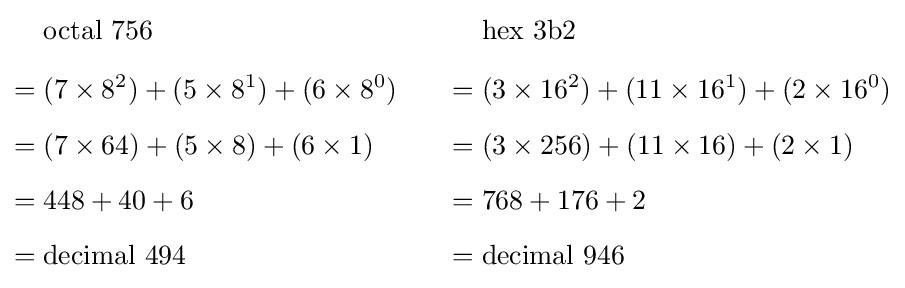
{\begin{aligned}&{\text{octal }}756\\[5pt]={}&(7\times 8^{2})+(5\times 8^{1})+(6\times 8^{0})\\[5pt]={}&(7\times 64)+(5\times 8)+(6\times 1)\\[5pt]={}&448+40+6\\[5pt]={}&{\text{decimal }}494\end{aligned}}\qquad {\begin{aligned}&{\text{hex }}\mathrm {3b2} \\[5pt]={}&(3\times 16^{2})+(11\times 16^{1})+(2\times 16^{0})\\[5pt]={}&(3\times 256)+(11\times 16)+(2\times 1)\\[5pt]={}&768+176+2\\[5pt]={}&{\text{decimal }}946\end{aligned}}